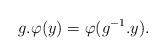
LaTeX: \begin{align*}g.\varphi(y)=\varphi(g^{-1}.y).\end{align*}